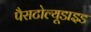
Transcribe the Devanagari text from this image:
पैराटोल्यूडाइड